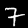
Label: 7